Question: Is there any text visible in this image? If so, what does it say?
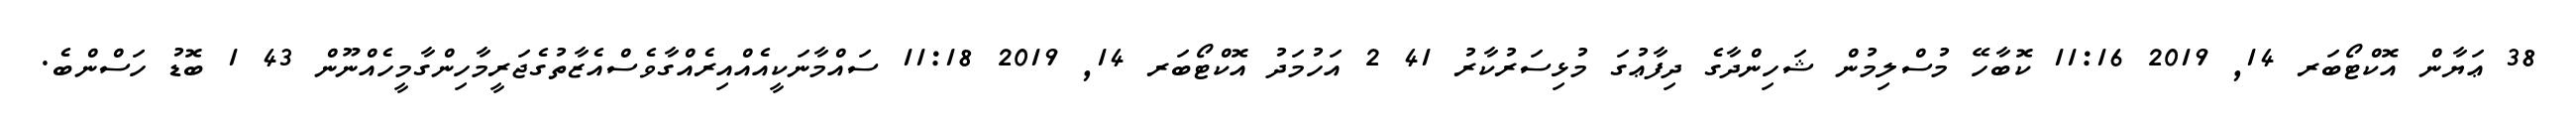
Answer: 38 ޢަޔާން އޮކްޓޯބަރ 14, 2019 11:16 ކޮބާހޭ މުސްލިމުން ޝަހިންދާގެ ދިފާޢުގަ މުޅިސަރުކާރު 41 2 އަހުމަދު އޮކްޓޯބަރ 14, 2019 11:18 ސައްމާނަކީއެއްއިރެއްގާވެސްއެޒާތުގެޖަރީމާހިންގާމީހެއްނޫން 43 1 ބޮޑު ހަސްންބެ.